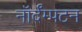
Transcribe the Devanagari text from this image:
नॉर्दॅम्पटन